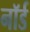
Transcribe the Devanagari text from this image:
नॉर्ड